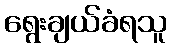
ရွေးချယ်ခံရသူ